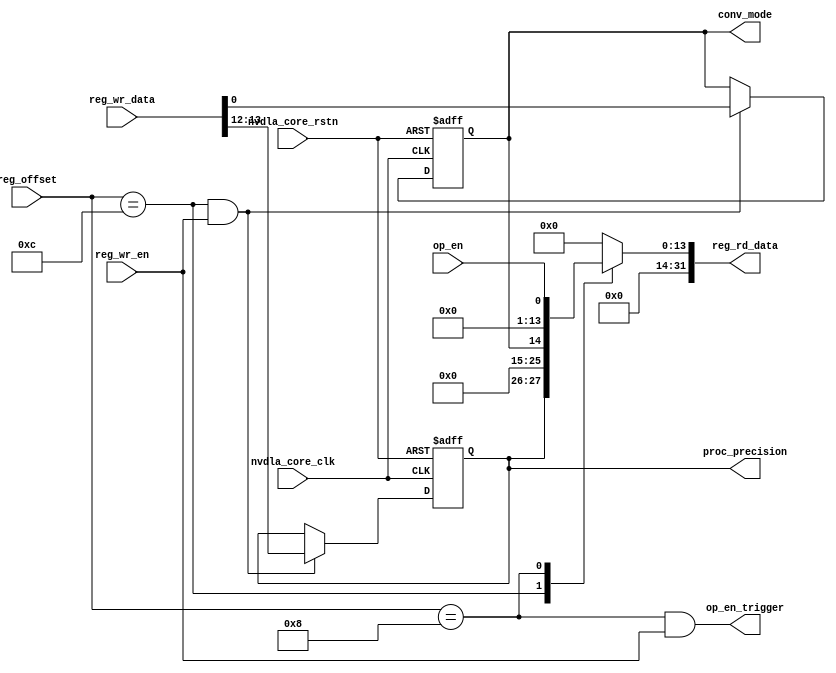
module NV_NVDLA_CMAC_REG_dual (
   reg_rd_data
  ,reg_offset
// verilint 498 off
// leda UNUSED_DEC off
  ,reg_wr_data
// verilint 498 on
// leda UNUSED_DEC on
  ,reg_wr_en
  ,nvdla_core_clk
  ,nvdla_core_rstn
  ,conv_mode
  ,proc_precision
  ,op_en_trigger
  ,op_en
  );
wire [31:0] nvdla_cmac_a_d_misc_cfg_0_out;
wire [31:0] nvdla_cmac_a_d_op_enable_0_out;
wire [11:0] reg_offset_rd_int;
wire [31:0] reg_offset_wr;
// Register control interface
output [31:0] reg_rd_data;
input [11:0] reg_offset;
input [31:0] reg_wr_data; //(UNUSED_DEC)
input reg_wr_en;
input nvdla_core_clk;
input nvdla_core_rstn;
// Writable register flop/trigger outputs
output conv_mode;
output [1:0] proc_precision;
output op_en_trigger;
// Read-only register inputs
input op_en;
// wr_mask register inputs
// rstn register inputs
// leda FM_2_23 off
reg arreggen_abort_on_invalid_wr;
reg arreggen_abort_on_rowr;
reg arreggen_dump;
// leda FM_2_23 on
reg conv_mode;
reg [1:0] proc_precision;
reg [31:0] reg_rd_data;
assign reg_offset_wr = {20'b0 , reg_offset};
// SCR signals
// Address decode
wire nvdla_cmac_a_d_misc_cfg_0_wren = (reg_offset_wr == (32'h700c & 32'h00000fff)) & reg_wr_en ; //spyglass disable UnloadedNet-ML //(W528)
wire nvdla_cmac_a_d_op_enable_0_wren = (reg_offset_wr == (32'h7008 & 32'h00000fff)) & reg_wr_en ; //spyglass disable UnloadedNet-ML //(W528)
assign nvdla_cmac_a_d_misc_cfg_0_out[31:0] = { 18'b0, proc_precision, 11'b0, conv_mode };
assign nvdla_cmac_a_d_op_enable_0_out[31:0] = { 31'b0, op_en };
assign op_en_trigger = nvdla_cmac_a_d_op_enable_0_wren; //(W563)
assign reg_offset_rd_int = reg_offset;
// Output mux
//spyglass disable_block W338, W263
always @(
  reg_offset_rd_int
  or nvdla_cmac_a_d_misc_cfg_0_out
  or nvdla_cmac_a_d_op_enable_0_out
  ) begin
  case (reg_offset_rd_int)
     (32'h700c & 32'h00000fff): begin
                            reg_rd_data = nvdla_cmac_a_d_misc_cfg_0_out ;
                            end
     (32'h7008 & 32'h00000fff): begin
                            reg_rd_data = nvdla_cmac_a_d_op_enable_0_out ;
                            end
    default: reg_rd_data = {32{1'b0}};
  endcase
end
//spyglass enable_block W338, W263
// spyglass disable_block STARC-2.10.1.6, NoConstWithXZ, W443
// Register flop declarations
always @(posedge nvdla_core_clk or negedge nvdla_core_rstn) begin
  if (!nvdla_core_rstn) begin
    conv_mode <= 1'b0;
    proc_precision[1:0] <= 2'b01;
  end else begin
// Register: NVDLA_CMAC_A_D_MISC_CFG_0 Field: conv_mode
  if (nvdla_cmac_a_d_misc_cfg_0_wren) begin
    conv_mode <= reg_wr_data[0];
  end
// Register: NVDLA_CMAC_A_D_MISC_CFG_0 Field: proc_precision
  if (nvdla_cmac_a_d_misc_cfg_0_wren) begin
    proc_precision[1:0] <= reg_wr_data[13:12];
  end
// Not generating flops for field NVDLA_CMAC_A_D_OP_ENABLE_0::op_en (to be implemented outside)
  end
end
// spyglass enable_block STARC-2.10.1.6, NoConstWithXZ, W443
// synopsys translate_off
// VCS coverage off
initial begin
  arreggen_dump = $test$plusargs("arreggen_dump_wr");
  arreggen_abort_on_rowr = $test$plusargs("arreggen_abort_on_rowr");
  arreggen_abort_on_invalid_wr = $test$plusargs("arreggen_abort_on_invalid_wr");
`ifdef VERILATOR
`else
  $timeformat(-9, 2, "ns", 15);
`endif
end
always @(posedge nvdla_core_clk) begin
  if (reg_wr_en) begin
    case(reg_offset)
      (32'h700c & 32'h00000fff): if (arreggen_dump) $display("%t:%m: reg wr: NVDLA_CMAC_A_D_MISC_CFG_0 = 0x%h (old value: 0x%h, 0x%b))", $time, reg_wr_data, nvdla_cmac_a_d_misc_cfg_0_out, nvdla_cmac_a_d_misc_cfg_0_out);
      (32'h7008 & 32'h00000fff): if (arreggen_dump) $display("%t:%m: reg wr: NVDLA_CMAC_A_D_OP_ENABLE_0 = 0x%h (old value: 0x%h, 0x%b))", $time, reg_wr_data, nvdla_cmac_a_d_op_enable_0_out, nvdla_cmac_a_d_op_enable_0_out);
      default: begin
          if (arreggen_dump) $display("%t:%m: reg wr: Unknown register (0x%h) = 0x%h", $time, reg_offset, reg_wr_data);
          if (arreggen_abort_on_invalid_wr) begin $display("ERROR: write to undefined register!"); $finish; end
        end
    endcase
  end
end
// VCS coverage on
// synopsys translate_on
endmodule